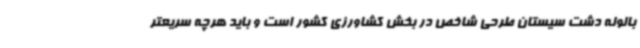
بالوله دشت سیستان طرحی شاخص در بخش کشاورزی کشور است و باید هرچه سریعتر